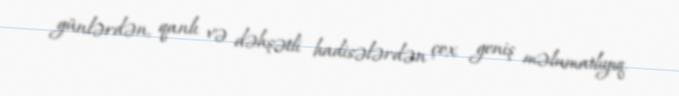
günlərdən, qanlı və dəhşətli hadisələrdən çox geniş məlumatlıyıq.